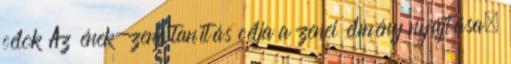
célok Az ének-zene tanítás célja a zenei élmény nyújtása,